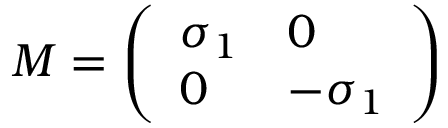
M = \left( \begin{array} { l l } { { \sigma _ { 1 } } } & { { 0 } } \\ { { 0 } } & { { - \sigma _ { 1 } } } \end{array} \right)